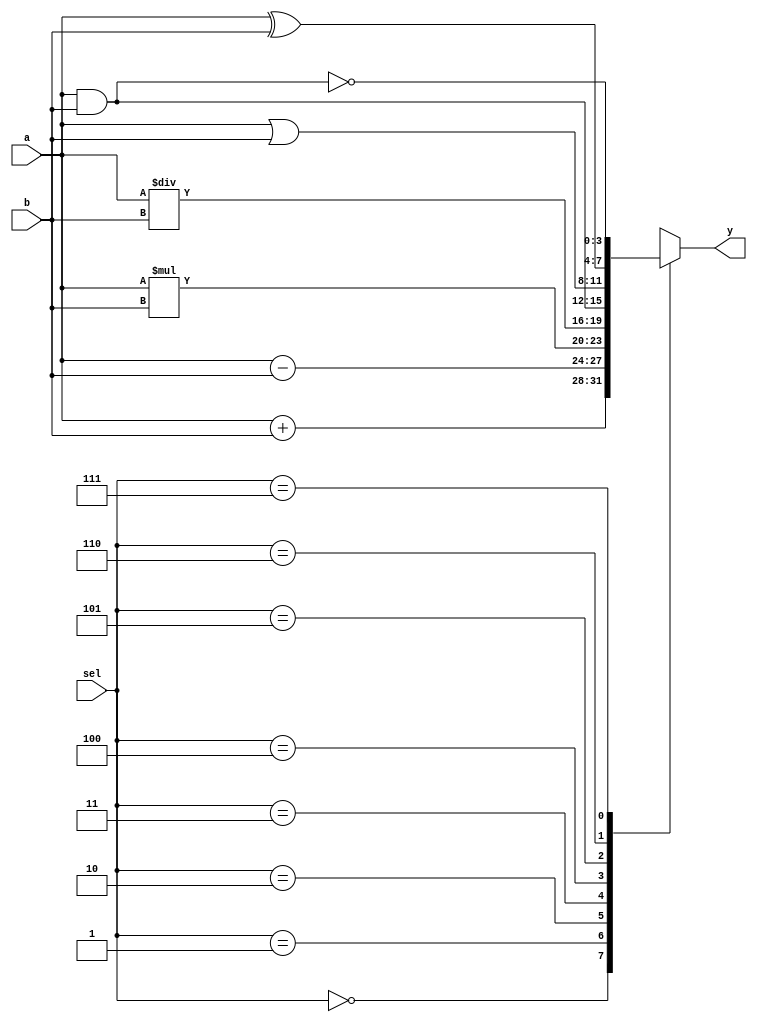
module ALU(a,b,sel,y);
  
  input [3:0]a;
  input [3:0]b;
  input [2:0] sel;
  output reg [3:0]y;
  
  always@(a,b,sel)
  case(sel)
    3'b000: y=a+b;      //Addition
    3'b001: y=a-b;      //Substraction
    3'b010: y=a*b;      //Multiplication
    3'b011: y=a/b;      //Division
    3'b100: y=a&b;      //AND
    3'b101: y=a|b;      //OR
    3'b110: y=a^b;      //XOR
    3'b111: y=~(a&b);   //NAND
  endcase
  
endmodule